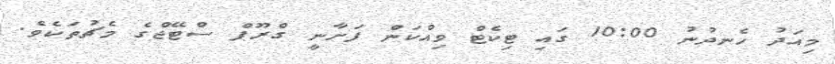
މިއަދު ހެނދުނު 10:00 ގައި ޓިކެޓް ވިއްކަން ފަށާނީ ގްރޫޕް ސްޓޭޖްގެ މެޗުތަކެވެ.